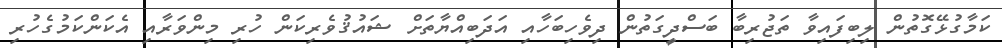
ކަމާގުޅޭގޮތުން ލިބިފައިވާ ތަޖުރިބާ ބަސްދީގަތުން ދިވެހިބަހާއި އަދަބިއްޔާތަށް ޝައުޤުވެރިކަން ހުރި މިންވަރާއި އެކަންކަމުގެހުރި